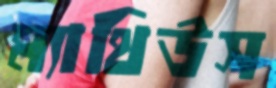
ম্যাথিউস